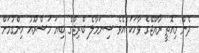
ދެން މިއޮތީ ރާއްޖޭގެ ވާހަކަ އެވެ ސިނަމާލެ ބްރިޖްގެ ބިޔަ މަޝްރޫއު ހިންގުމަށް